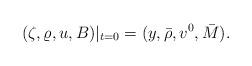
LaTeX: \begin{align*}(\zeta,{\varrho}, u, B)|_{t=0}=(y,\bar{\rho}, v^0, \bar{M}).\end{align*}